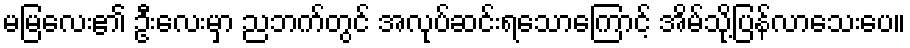
မမြလေး၏ ဦးလေးမှာ ညဘက်တွင် အလုပ်ဆင်းရသောကြောင့် အိမ်သို့ပြန်လာသေးပေ။